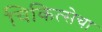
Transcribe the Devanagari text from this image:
चिकित्सेचा